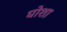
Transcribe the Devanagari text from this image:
घोशा